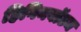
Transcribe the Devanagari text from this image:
हिगिनबॉटम